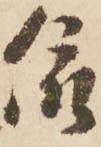
依